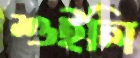
শুইলি